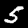
Digit: 5